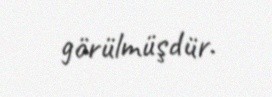
görülmüşdür.